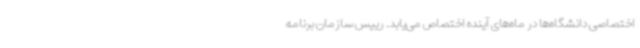
اختصاصی دانشگاه‌ها در ماه‌های آینده اختصاص می‌یابد. رییس سازمان برنامه